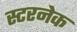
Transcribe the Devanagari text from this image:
स्टरनेक